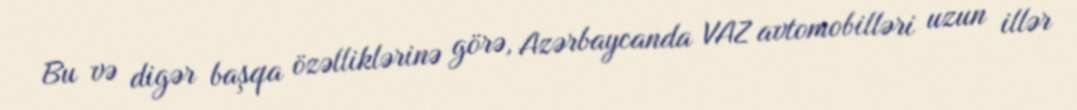
Bu və digər başqa özəlliklərinə görə, Azərbaycanda VAZ avtomobilləri uzun illər